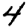
Digit: 4